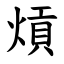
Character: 熕